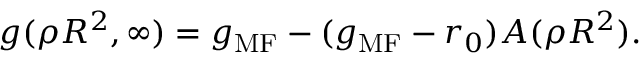
g ( \rho R ^ { 2 } , \infty ) = g _ { \mathrm { M F } } - ( g _ { \mathrm { M F } } - r _ { 0 } ) A ( \rho R ^ { 2 } ) .